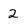
Character: 2